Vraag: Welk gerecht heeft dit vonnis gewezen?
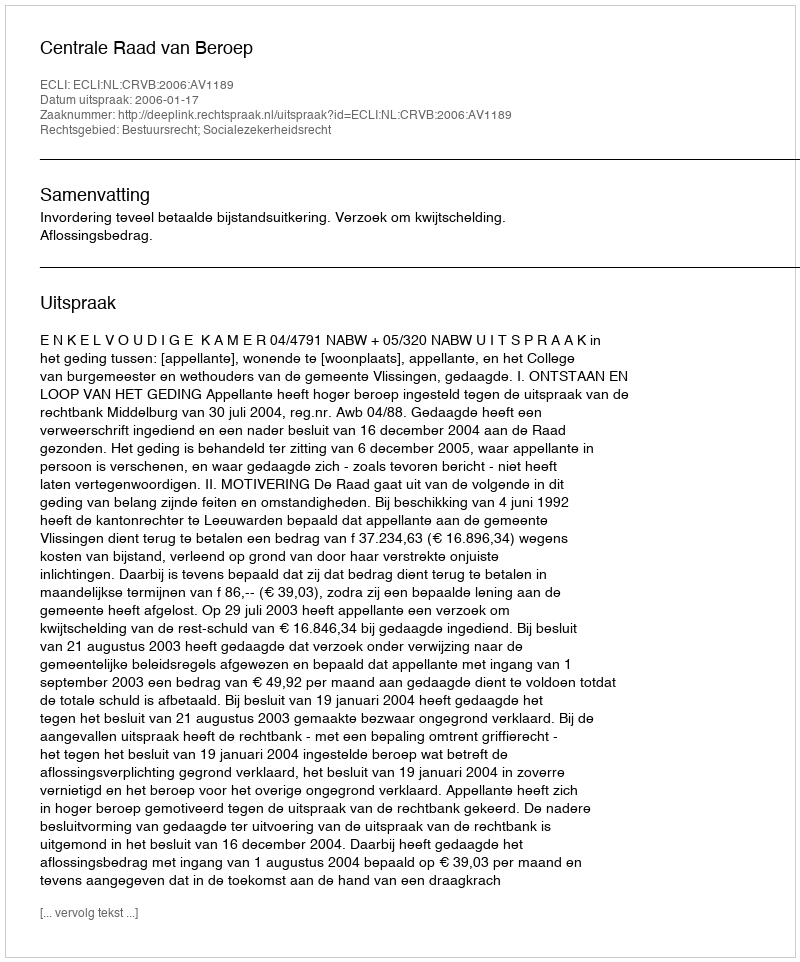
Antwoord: Centrale Raad van Beroep